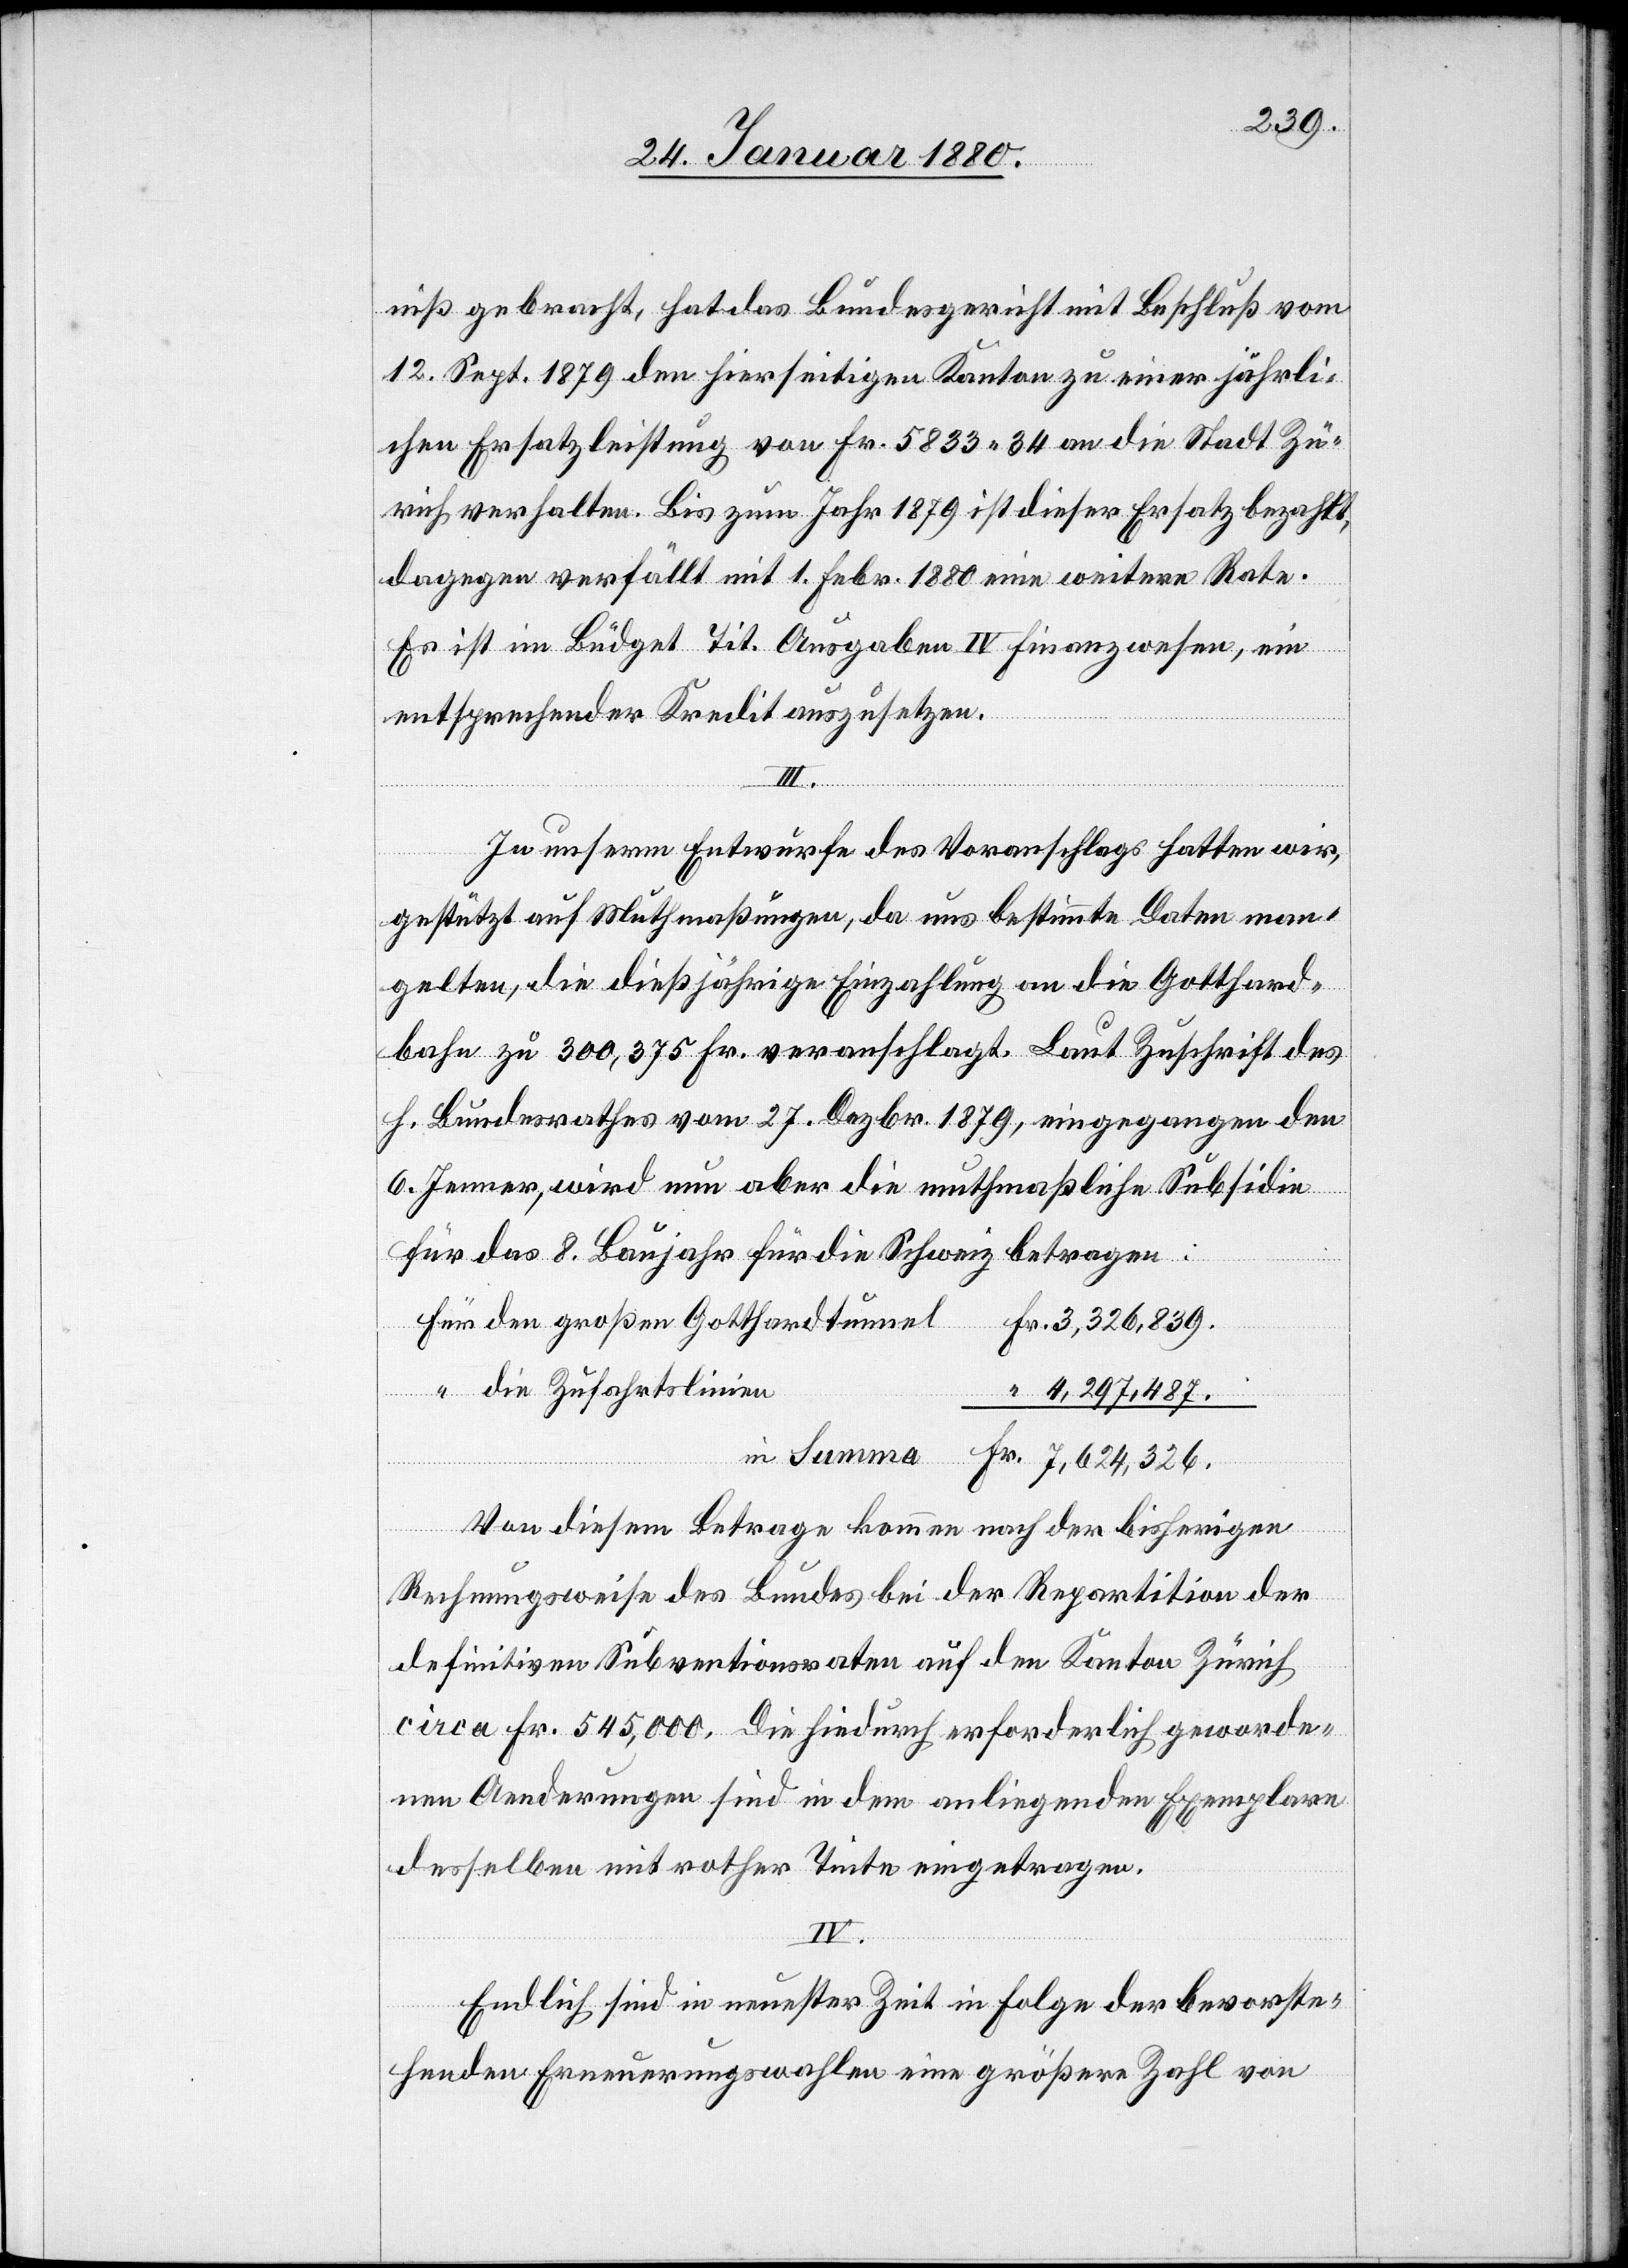
839.
niß gebracht, hat das Bundesgericht mit Beschluß vom
12. Sept. 1879 den hierseitigen Kanton zu einer jährli¬
chen Ersatzleistung von Fr. 5833.34 an die Stadt Zü¬
rich verhalten. Bis zum Jahr 1879 ist dieser Ersatz bezahl,
dagegen verfällt mit 1. Febr. 1880 eine weitere Rata.
“
Es ist im Büdget Tit. Ausgaben IV Finanzwesen, ein
entsprechender Kredit auszusetzen.
III.
In unserm Entwurfe des Voranschlages hatten wir,
gestützt auf Muthmaßungen, da uns bestimmte Daten man¬
gelten, die dießjährige Einzahlung an die Gotthard¬
bahn zu 300, 375 Fr. veranschlagt. Laut Zuschrift des
h. Bundesrathes vom 27. Dezbr. 1879, eingegangen den
6. Jenner, wird nun aber die muthmaßliche Subsidie
den
für das 8. Baujahr für die Schweiz betragen:
die Zufahrtslinien
in Summa
4, 297, 487.
Von diesem Betrage kommen nach der bisherigen
Rechnungsweise des Bundes bei der Repartition der
definitiven Subventionen auf den Kanton Zürich
circa Fr. 545, 000. Die hiedurch erforderliche geworde¬
nen Aenderungen sind in dem anliegenden Exemplare
desselben mit rother Tinte eingetragen.
IV.
Endlich sind in neuester Zeit in Folge der bevorste¬
henden Erneuerungswahlen eine größere Zahl von